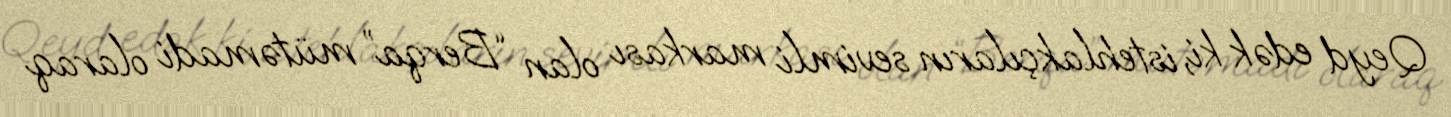
Qeyd edək ki, istehlakçıların sevimli markası olan “Berqa” mütəmadi olaraq